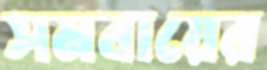
সমবায়ের